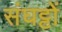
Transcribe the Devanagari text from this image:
संघट्टों